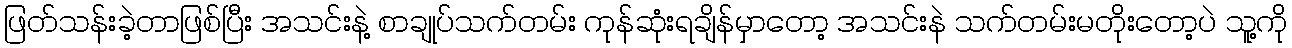
ဖြတ်သန်းခဲ့တာဖြစ်ပြီး အသင်းနဲ့ စာချုပ်သက်တမ်း ကုန်ဆုံးရချိန်မှာတော့ အသင်းနဲ သက်တမ်းမတိုးတော့ပဲ သူ့ကို